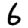
Digit: 6